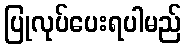
ပြုလုပ်ပေးရပါမည်